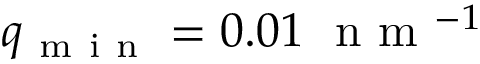
q _ { \mathrm { ~ m ~ i ~ n ~ } } = 0 . 0 1 \ \mathrm { ~ n ~ m ~ } ^ { - 1 }